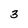
Character: 3